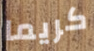
كريما